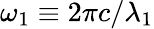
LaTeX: \omega_{1}\equiv 2\pi c/\lambda_{1}